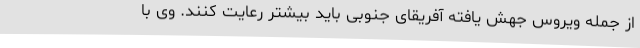
از جمله ویروس جهش یافته آفریقای جنوبی باید بیشتر رعایت کنند. وی با